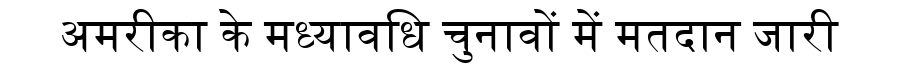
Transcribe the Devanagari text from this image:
अमरीका के मध्यावधि चुनावों में मतदान जारी